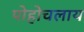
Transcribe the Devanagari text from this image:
पोहोचलाय